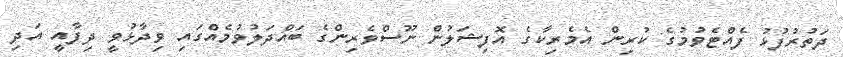
ދަތުރުފުޅު ފެއްޓެވުމުގެ ކުރިން އެމެރިކާގެ އޮފިޝަލުން ނޫސްވެރިންގެ ބައްދަލުވުމެއްގައި ވިދާޅުވީ ދިފާއީ އަދި